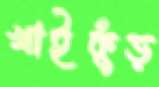
খাইকুঁড়